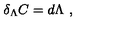
\delta _ { \Lambda } C = d \Lambda \ ,